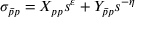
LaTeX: \sigma _ { \bar { p } p } = X _ { p p } s ^ { \varepsilon } + Y _ { \bar { p } p } s ^ { - \eta }